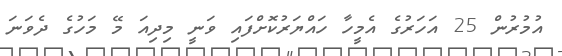
އުމުރުން 25 އަހަރުގެ އެމީހާ ހައްޔަރުކޮށްފައި ވަނީ މިދިއަ މޭ މަހުގެ ދެވަނަ